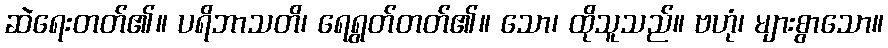
ဆဲရေးတတ်၏။ ပရိဘာသတိ၊ ရေရွတ်တတ်၏။ သော၊ ထိုသူသည်။ ဗဟုံ၊ များစွာသော။